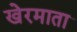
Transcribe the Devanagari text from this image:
खेरमाता